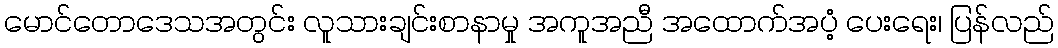
မောင်တောဒေသအတွင်း လူသားချင်းစာနာမှု အကူအညီ အထောက်အပံ့ ပေးရေး၊ ပြန်လည်